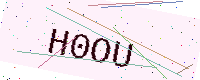
Text: H0OU